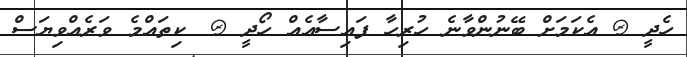
ހެދީ @ އެކަމަށް ބޭނުންވާނެ ހުރިހާ ފައިސާއެއް ހޯދީ @_ ކިތައްމެ ވަރެއްވިޔަސް